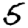
Digit: 5